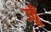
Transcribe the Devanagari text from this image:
उठूँ